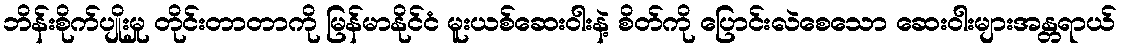
ဘိန်းစိုက်ပျိုးမှု တိုင်းတာတာကို မြန်မာနိုင်ငံ မူးယစ်ဆေးဝါးနဲ့ စိတ်ကို ပြောင်းလဲစေသော ဆေးဝါးများအန္တရာယ်